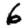
Digit: 6